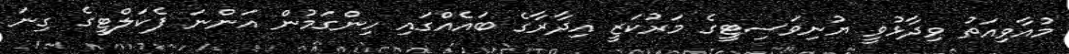
މުއާވިއަތު ވިދާޅުވީ ޔުނިވަސިޓީގެ މަރުކަޒީ އިދާރާގެ ބައެއްގައި ހިންގަމުން އަންނަ ފެކަލްޓީގެ ގިނަ